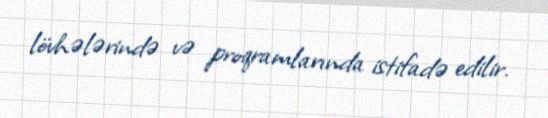
lövhələrində və proqramlarında istifadə edilir.